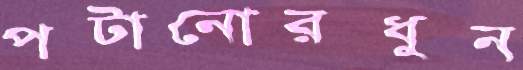
পটানোরধুন